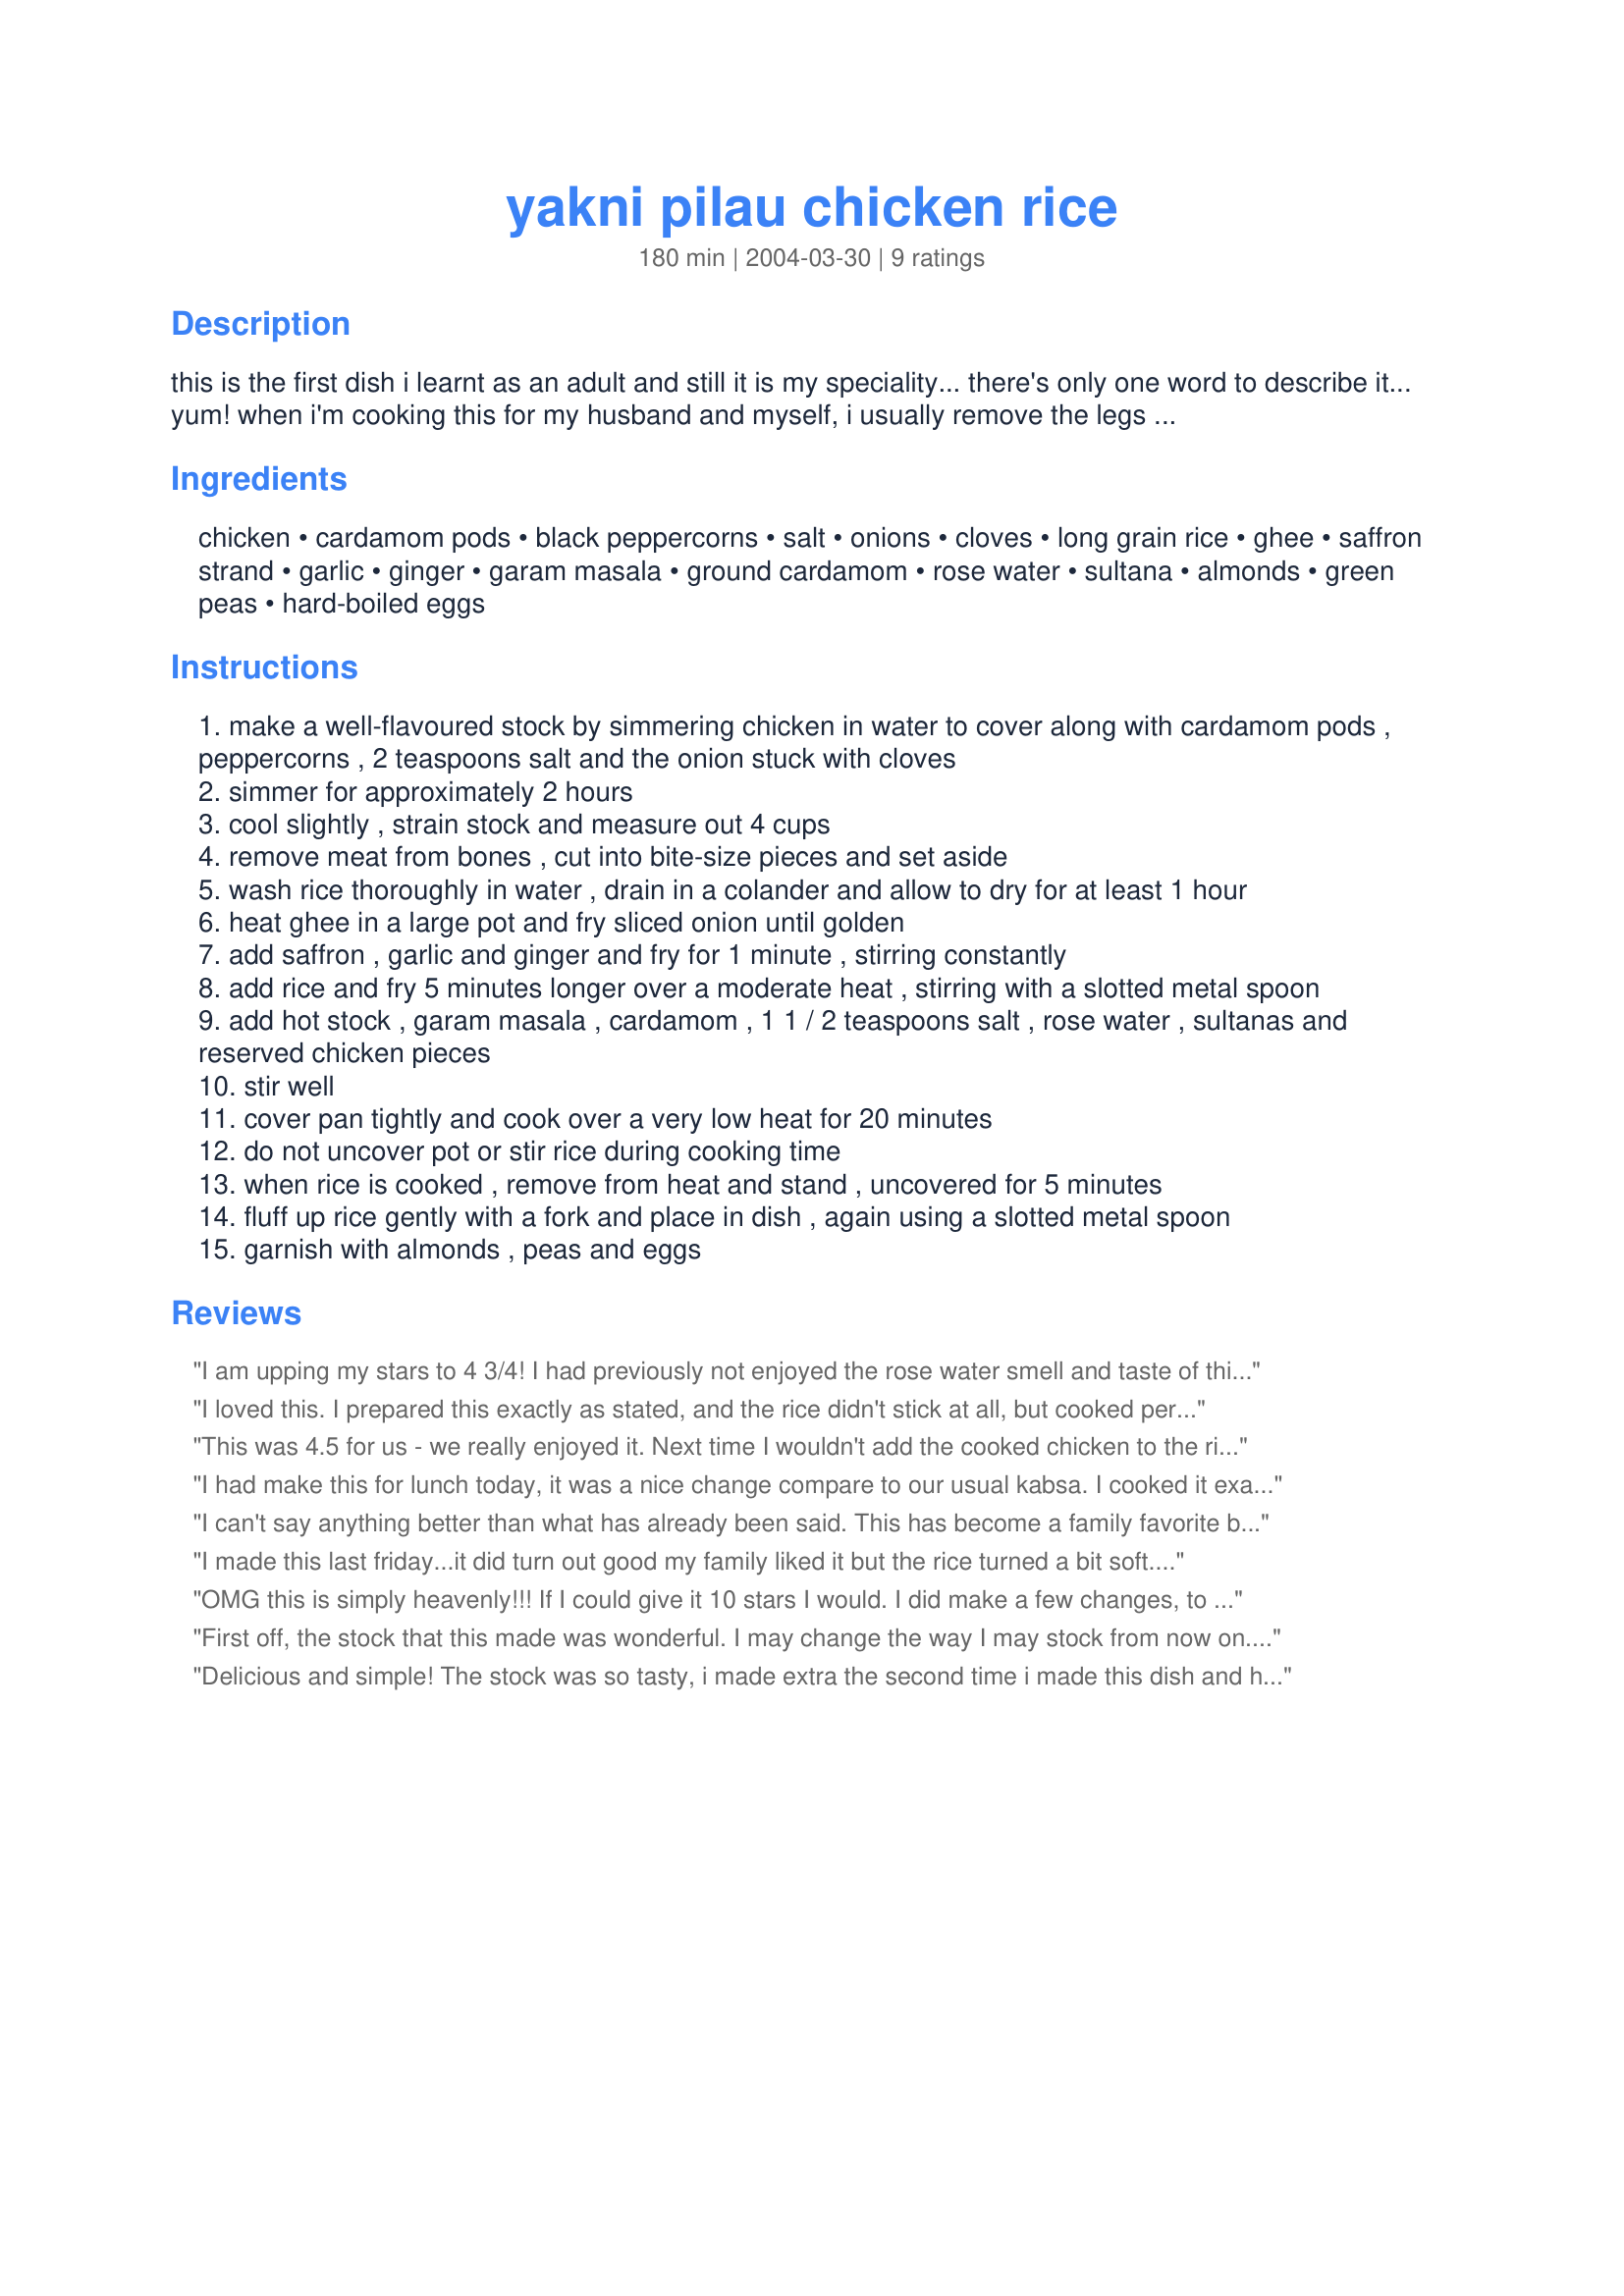
yakni pilau chicken rice
Preparation time: 180 minutes

this is the first dish i learnt as an adult and still it is my speciality... there's only one word to describe it... yum! when i'm cooking this for my husband and myself, i usually remove the legs whole, sprinkle them with spices and brown under grill, and then add the remaining chicken to the rice as per instructions.

Ingredients:
chicken, cardamom pods, black peppercorns, salt, onions, cloves, long grain rice, ghee, saffron strand, garlic, ginger, garam masala, ground cardamom, rose water, sultana, almonds, green peas, hard-boiled eggs

Steps:
make a well-flavoured stock by simmering chicken in water to cover along with cardamom pods , peppercorns , 2 teaspoons salt and the onion stuck with cloves
simmer for approximately 2 hours
cool slightly , strain stock and measure out 4 cups
remove meat from bones , cut into bite-size pieces and set aside
wash rice thoroughly in water , drain in a colander and allow to dry for at least 1 hour
heat ghee in a large pot and fry sliced onion until golden
add saffron , garlic and ginger and fry for 1 minute , stirring constantly
add rice and fry 5 minutes longer over a moderate heat , stirring with a slotted metal spoon
add hot stock , garam masala , cardamom , 1 1 / 2 teaspoons salt , rose water , sultanas and reserved chicken pieces
stir well
cover pan tightly and cook over a very low heat for 20 minutes
do not uncover pot or stir rice during cooking time
when rice is cooked , remove from heat and stand , uncovered for 5 minutes
fluff up rice gently with a fork and place in dish , again using a slotted metal spoon
garnish with almonds , peas and eggs

Reviews:
I am upping my stars to 4 3/4! I had previously not enjoyed the rose water smell and taste of this as the one I had made it taste and smell extremely artificial but since I have bought a better rose water, more expensive, that is Iranian and I liked this so much more. I dont put as many peppercorns out of preference here and simmer the chicken along with a couple organic carrots, celery leaves and a celery stalk for even more flavor. (That is actually the main way I make chicken stock in general) I used Recipe #126026 toast blanched slivered almonds in a dry frying pan over medium high watching carefully and I also add the green peas of which I use the frozen type. I use white Basmati rice. I serve this with a fresh salad and it is delicious accompanied by Recipe #233411 (Turkish yogurt salad) I will make this again with the Recipe #233411 or another yogurt salad.
I loved this. I prepared this exactly as stated, and the rice didn't stick at all, but cooked perfectly. I thought the chicken might have cooked a little bit too long, as the texture of it was very soft, but it didn't affect the outcome of the dish. I had never used rose water in recipes outside of desserts before, so this was sort of a "new experience". However, I found the tasty flavor to be similar to a Moroccan dish I have tried called Chicken Bisteeyah (which I love). I know this dish is not wrapped in pastry, but the flavors are remarkably similar. I also thought the eggs were a nice touch, similar to how they are used in Moroccan tagines I have tried. I ended up with 5 extra cups of chicken broth after cooking the chicken, plenty enough to make a tasty soup for lunch sometime. And this dish makes a ton of food as well, so I have plenty more to eat here (and will be enjoying every minute of it!). Thanks for posting such a nice recipe!
This was 4.5 for us - we really enjoyed it. Next time I wouldn't add the cooked chicken to the rice until the end as ours was a tad dry. Otherwise, a lovely change!
I had make this for lunch today, it was a nice change compare to our usual kabsa. I cooked it exactly as is , next time I will only cook the chicken for 1:30 hrs omit the peas and add some potatoes and carrots. Thank you for the recipe.
I can't say anything better than what has already been said. This has become a family favorite because it is so delicious, and I enjoy making it also because it makes the house smell wonderful all day long. THANKS SO MUCH!
I made this last friday...it did turn out good my family liked it but the rice turned a bit soft...next time i will add less stock to cook the rice...good recipe on the whole.
OMG this is simply heavenly!!! If I could give it 10 stars I would. I did make a few changes, to simplify and to use what was on hand. Having already defrosted three boneless skinless chicken breasts, I decided to use those and to forego the whole chicken and homemade stock this once. In a stockpot, I browned one large sliced onion in butter for 5 minutes, then added the cut up chicken breast along with the garlic, 1 inch finely minced fresh ginger, saffron, 2 whole cloves, 5 black peppercorns, 3/4 teaspoon ground cardamom, and the garam masala, along with 1 cinnamon stick. I cooked and stirred for another 5 minutes until the chicken was no longer pink, then added the rinsed and drained basmati rice. Cooked and stirred the rice for a few minutes then added a couple dashes turmeric powder to achieve a nice yellow color, the rose water, 1 teaspoon kosher salt, the sultanas, and a 32 ounce box low sodium free-range hearty chicken stock, stirring well to combine. After bringing to a boil, I covered the pot and reduced the heat to a very low simmer for 15 minutes. When the rice was done, I stirred in a cup of frozen petite peas and some of the toasted almonds. YUM!!!! Not only wonderfully fragrant & delicious, but also beautiful!!! Thank you so much for this outstanding recipe, baraahnz!!! I will make this many, many times! :-D Becky
First off, the stock that this made was wonderful. I may change the way I may stock from now on. The recipe was pretty easy to make, and gave me the chance to use some of the more exotic ingredients that I like to keep around, but never use. I used the saffron, but didn't have any rose water. I think next time I might omit the saffron, too. I was afraid the rice would stick, but I used my flame tamer and it turned out beautifully. We really enjoyed it--DH took thirds! The peas on the side also really added a lot. Thanks for a good recipe!
Delicious and simple! The stock was so tasty, i made extra the second time i made this dish and have stored it in the freezer. I didn't use sultanas or rose water.
